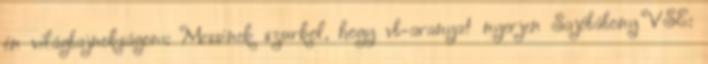
én világbajnokságom: Messinek szurkol, hogy vb-aranyat nyerjen Sajóbábony VSE: